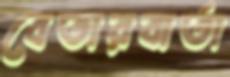
বেতারবার্তা